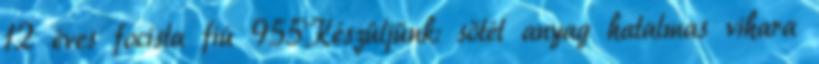
12 éves focista fiú 955Készüljünk: sötét anyag hatalmas vihara